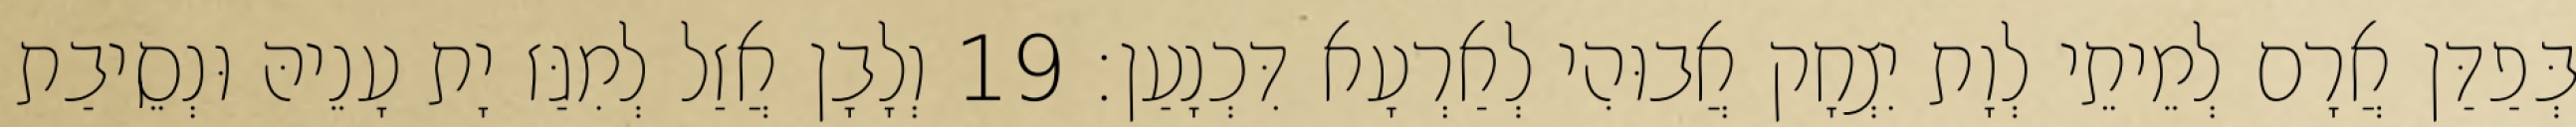
בְּפַדַּן אֲרָם לְמֵיתֵי לְוָת יִצְחָק אֲבוּהִי לְאַרְעָא דִּכְנָעַן׃ 19 וְלָבָן אֲזַל לְמִגַּז יָת עָנֵיהּ וּנְסֵיבַת